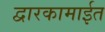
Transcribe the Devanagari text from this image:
द्वारकामाईत